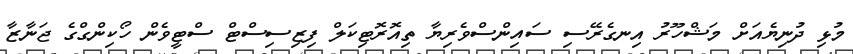
މުޅި ދުނިޔެއަށް މަޝްހޫރު އިނގެރޭސި ސައިންސްވެރިޔާ ތިއޮރޮޓިކަލް ފިޒިސިސްޓް ސްޓީވެން ހޯކިންގްގެ ޖަނާޒާ